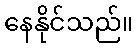
နေနိုင်သည်။